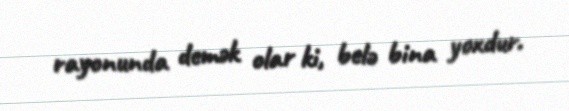
rayonunda demək olar ki, belə bina yoxdur.